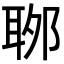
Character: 𦕬